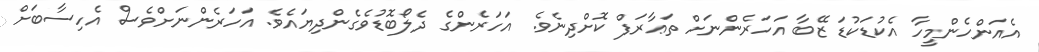
އެއަންހެންމީހާ އެކުޑަކުޑަ ޒޭބާ އަހަރެންނަށް ތަޢާރަފް ކޮށްދިނެވެ. އަހަރެންގެ ދެލޯބޮޑުވެގެންދިޔައެވެ. އަހަރެންނަށްވެސް އެހިސާބަށް